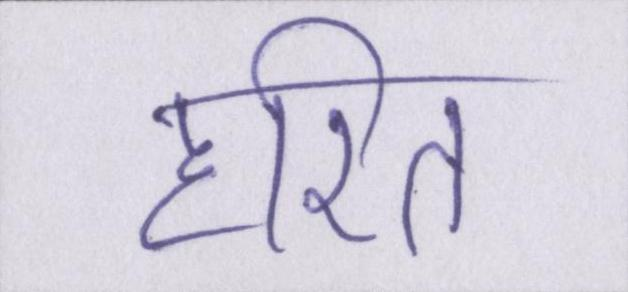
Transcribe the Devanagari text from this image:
हरित